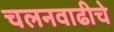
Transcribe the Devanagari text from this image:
चलनवाढीचे